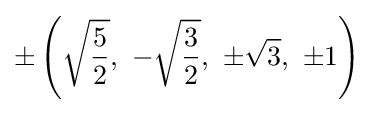
\pm \left({\sqrt {\frac {5}{2}}},\ -{\sqrt {\frac {3}{2}}},\ \pm {\sqrt {3}},\ \pm 1\right)